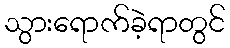
သွားရောက်ခဲ့ရာတွင်